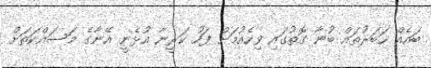
ބައެއް ޚަބަރުތައް ބުނާ ގޮތުގައި ވިހެއުމަށް ފަހު ކަރީނާ އުޅެނީ އޭނާގެ މަސައްކަތަށް